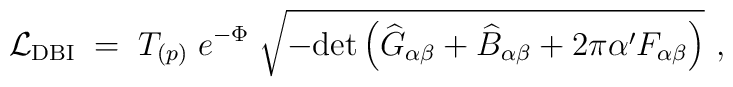
{\cal L}_{\rm DBI}\;  = \;  T_{(p)}\; e^{-\Phi}\; \sqrt{ - {\rm det} \left( {\widehat G}_{\alpha\beta} + {\widehat    B}_{\alpha\beta} + 2\pi\alpha^\prime F_{\alpha\beta} \right) }\ ,